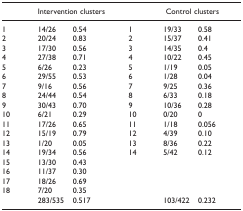
<table><thead><tr><td>[EMPTY_CELL]</td><td colspan="2"><b>Intervention clusters</b></td><td>[EMPTY_CELL]</td><td colspan="2"><b>Control clusters</b></td></tr></thead><tbody><tr><td>1</td><td>14/26</td><td>0.54</td><td>1</td><td>19/33</td><td>0.58</td></tr><tr><td>2</td><td>20/24</td><td>0.83</td><td>2</td><td>15/37</td><td>0.41</td></tr><tr><td>3</td><td>17/30</td><td>0.56</td><td>3</td><td>14/35</td><td>0.4</td></tr><tr><td>4</td><td>27/38</td><td>0.71</td><td>4</td><td>10/22</td><td>0.45</td></tr><tr><td>5</td><td>6/26</td><td>0.23</td><td>5</td><td>1/19</td><td>0.05</td></tr><tr><td>6</td><td>29/55</td><td>0.53</td><td>6</td><td>1/28</td><td>0.04</td></tr><tr><td>7</td><td>9/16</td><td>0.56</td><td>7</td><td>9/25</td><td>0.36</td></tr><tr><td>8</td><td>24/44</td><td>0.54</td><td>8</td><td>6/33</td><td>0.18</td></tr><tr><td>9</td><td>30/43</td><td>0.70</td><td>9</td><td>10/36</td><td>0.28</td></tr><tr><td>10</td><td>6/21</td><td>0.29</td><td>10</td><td>0/20</td><td>0</td></tr><tr><td>11</td><td>17/26</td><td>0.65</td><td>11</td><td>1/18</td><td>0.056</td></tr><tr><td>12</td><td>15/19</td><td>0.79</td><td>12</td><td>4/39</td><td>0.10</td></tr><tr><td>13</td><td>1/20</td><td>0.05</td><td>13</td><td>8/36</td><td>0.22</td></tr><tr><td>14</td><td>19/34</td><td>0.56</td><td>14</td><td>5/42</td><td>0.12</td></tr><tr><td>15</td><td>13/30</td><td>0.43</td><td>[EMPTY_CELL]</td><td>[EMPTY_CELL]</td><td>[EMPTY_CELL]</td></tr><tr><td>16</td><td>11/37</td><td>0.30</td><td>[EMPTY_CELL]</td><td>[EMPTY_CELL]</td><td>[EMPTY_CELL]</td></tr><tr><td>17</td><td>18/26</td><td>0.69</td><td>[EMPTY_CELL]</td><td>[EMPTY_CELL]</td><td>[EMPTY_CELL]</td></tr><tr><td>18</td><td>7/20</td><td>0.35</td><td>[EMPTY_CELL]</td><td>[EMPTY_CELL]</td><td>[EMPTY_CELL]</td></tr><tr><td>[EMPTY_CELL]</td><td>283/535</td><td>0.517</td><td>[EMPTY_CELL]</td><td>103/422</td><td>0.232</td></tr></tbody></table>